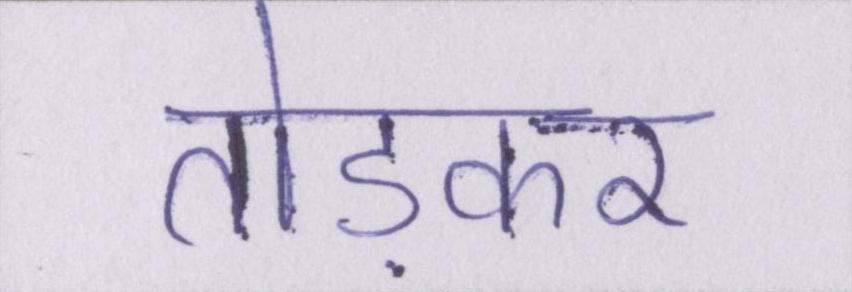
तोड़कर